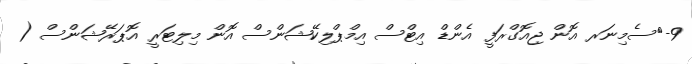
9-	ސެމިނަރ އޮން ޖިއޮގްރަފީ އެންޑް އިޓްސް އިމްޕްލިކޭޝަންސް އޮން މިލިޓަރީ އޮޕަރޭޝަންސް (